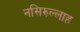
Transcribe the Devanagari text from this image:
नसिरुल्लाह